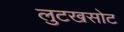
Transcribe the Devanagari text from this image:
लुटखसोट